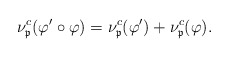
\begin{align*} \nu^c_\frak p(\varphi'\circ\varphi)=\nu^c_\frak p(\varphi')+\nu^c_\frak p(\varphi). \end{align*}